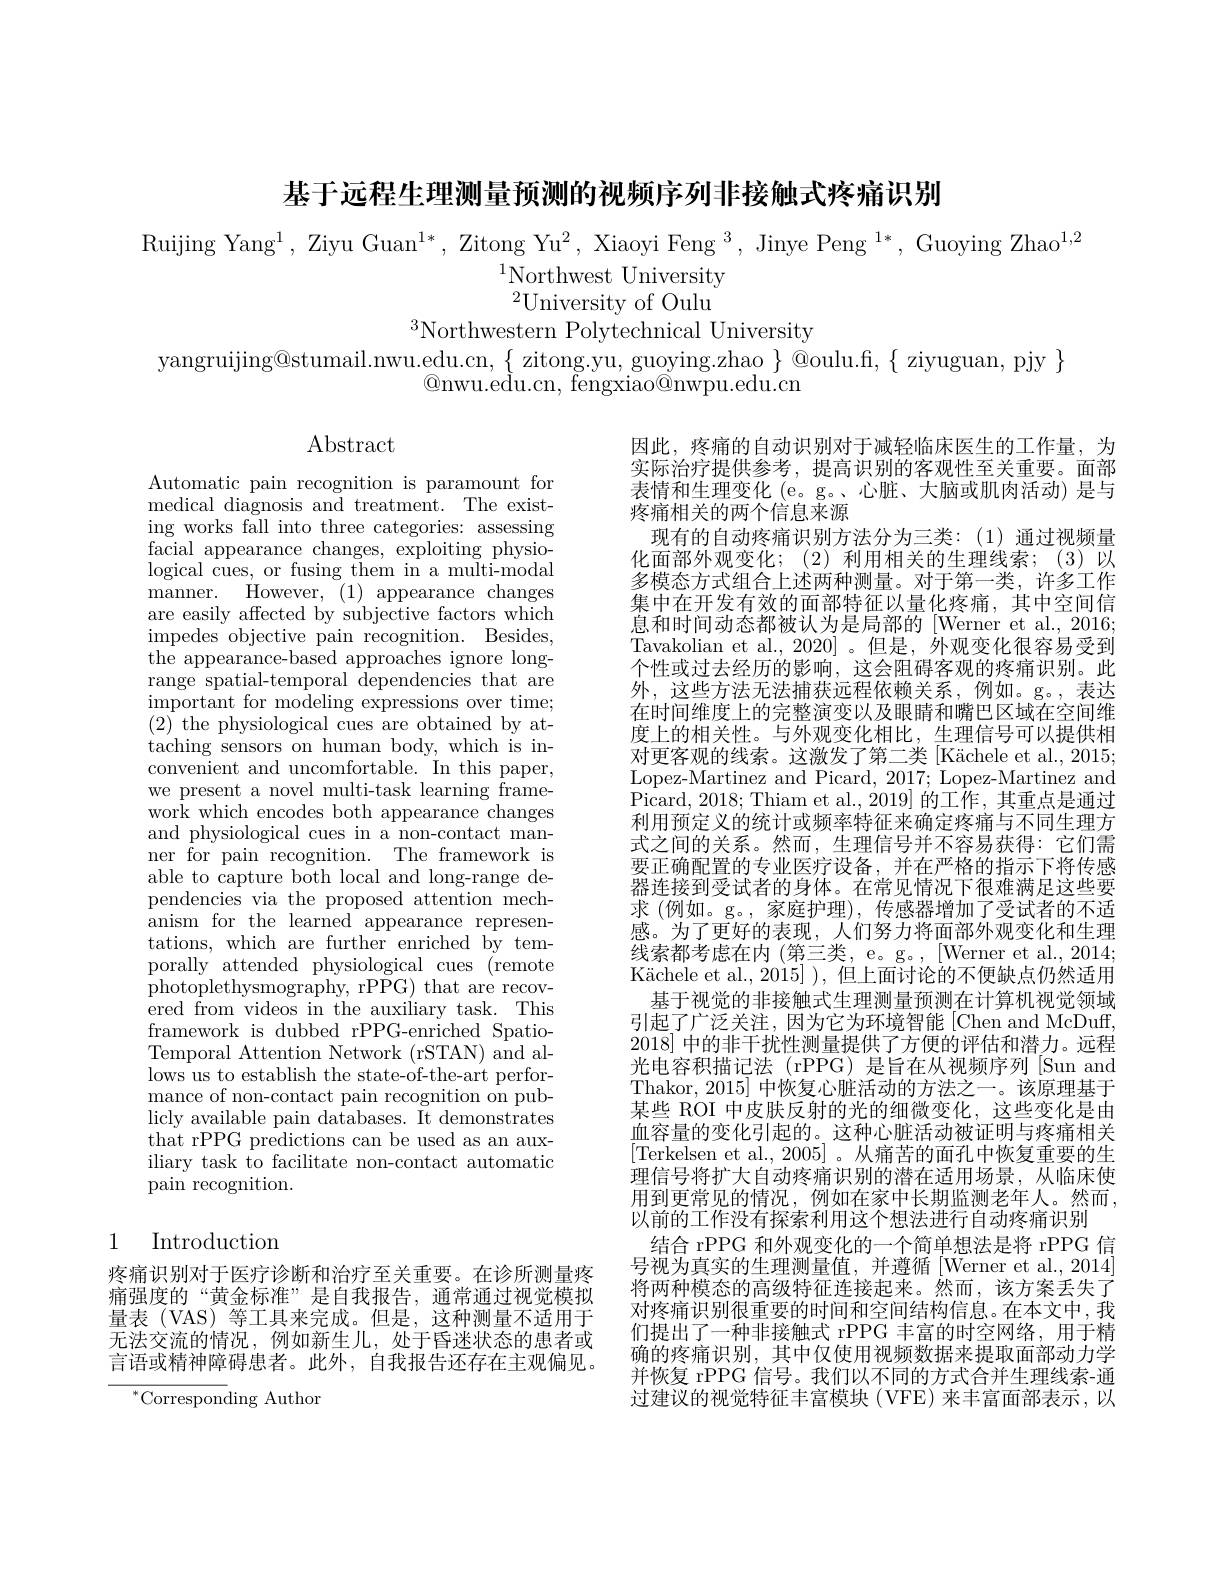
基于远程生理测量预测的视频序列非接触式疼痛识别

Ruijing Yang$^1$,Ziyu Guan$^1*,\text{Zitong Yu}^2,\text{Xiaoyi Feng }^3,\text{Jinye Peng }^{1*}$,Guoying Zhao$^1,2$
$^{1}$Northwest University $^{2}$University of Oulu
$^3$Northwestern Polytechnical University
$$yangruijing@stumail.nwu.edu.cn,~\{~zitong.yu,~guoying.zhao~\}~@oulu.fi,~\{~ziyuguan,~pjy~\}$$
$\textcircled{\mathrm{O}}$nwu.edu.cn, fengxiao@nwpu.edu.cn

$\operatorname{Abstract}$

Automatic pain recognition is paramount for medical diagnosis and treatment. The existing works fall into three categories: assessing facial appearance changes, exploiting physiological cues, or fusing them in a multi-modal manner. However, (1) appearance changes are easily affected by subjective factors which impedes objective pain recognition. Besides, the appearance-based approaches ignore longrange spatial-temporal dependencies that are important for modeling expressions over time; (2) the physiological cues are obtained by attaching sensors on human body, which is inconvenient and uncomfortable. In this paper, we present a novel multi-task learning framework which encodes both appearance changes and physiological cues in a non-contact manner for pain recognition. The framework is able to capture both local and long-range dependencies via the proposed attention mechanism for the learned appearance representations, which are further enriched by temporally'attended physiological cues (remote photoplethysmography, rPPG) that are recovered from videos in the auxiliary task. This framework is dubbed rPPG-enriched SpatioTemporal Attention Network (rSTAN) and allows us to establish the state-of-the-art performance of non-contact pain recognition on publicly available pain databases. It demonstrates that rPPG predictions can be used as an auxiliary task to facilitate non-contact automatic pain recognition.

因此，疼痛的自动识别对于减轻临床医生的工作量，为实际治疗提供参考，提高识别的客观性至关重要。面部表情和生理变化 (e。g。、心脏、大脑或肌肉活动) 是与疼痛相关的两个信息来源
现有的自动疼痛识别方法分为三类：(1)通过视频量化面部外观变化；(2)利用相关的生理线索；(3)以多模态方式组合上述两种测量。对于第一类，许多工作集中在开发有效的面部特征以量化疼痛，其中空间信息和时间动态都被认为是局部的[Werner et al., 2016; Tavakolian et al., 2020] 。但是，外观变化很容易受到个性或过去经历的影响，这会阻碍客观的疼痛识别。此外，这些方法无法捕获远程依赖关系，例如。g。,表达在时间维度上的完整演变以及眼睛和嘴巴区域在空间维度上的相关性。与外观变化相比，生理信号可以提供相对更客观的线索。这激发了第二类[Kächele et al., 2015; Lopez-Martinez and Picard, 2017; Lopez-Martinez and Picard, 2018; Thiam et al., 2019] 的工作，其重点是通过利用预定义的统计或频率特征来确定疼痛与不同生理方式之间的关系。然而，生理信号并不容易获得：它们需要正确配置的专业医疗设备，并在严格的指示下将传感器连接到受试者的身体。在常见情况下很难满足这些要求 (例如。g。, 家庭护理), 传感器增加了受试者的不适感。为了更好的表现，人们努力将面部外观变化和生理线索都考虑在内 (第三类，e。g。, [Werner et al., 2014; Kächele et al., 2015] ), 但上面讨论的不便缺点仍然适用
基于视觉的非接触式生理测量预测在计算机视觉领域引起了广泛关注，因为它为环境智能[Chen and McDuff, 2018]中的非干扰性测量提供了方便的评估和潜力。远程光电容积描记法 (rPPG) 是旨在从视频序列 [Sun and Thakor, 2015]中恢复心脏活动的方法之一。该原理基于某些 ROI 中皮肤反射的光的细微变化，这些变化是由血容量的变化引起的。这种心脏活动被证明与疼痛相关[Terkelsen et al., 2005]。从痛苦的面孔中恢复重要的生理信号将扩大自动疼痛识别的潜在适用场景，从临床使用到更常见的情况，例如在家中长期监测老年人。然而， 以前的工作没有探索利用这个想法进行自动疼痛识别
结合 rPPG 和外观变化的一个简单想法是将 rPPG 信号视为真实的生理测量值，并遵循[Werner et al.,2014] 将两种模态的高级特征连接起来。然而，该方案丢失了对疼痛识别很重要的时间和空间结构信息。在本文中，我们提出了一种非接触式 rPPG 丰富的时空网络，用于精确的疼痛识别，其中仅使用视频数据来提取面部动力学并恢复 rPPG 信号。我们以不同的方式合并生理线索-通过建议的视觉特征丰富模块(VFE)来丰富面部表示，以

# 1 Introduction

疼痛识别对于医疗诊断和治疗至关重要。在诊所测量疼痛强度的“黄金标准”是自我报告，通常通过视觉模拟量表 (VAS) 等工具来完成。但是，这种测量不适用于无法交流的情况，例如新生儿，处于昏迷状态的患者或言语或精神障碍患者。此外，自我报告还存在主观偏见。

$^{*}$Corresponding Author